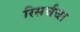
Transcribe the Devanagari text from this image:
रिसर्चचा